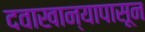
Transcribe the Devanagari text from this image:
दवाखान्यापासून